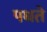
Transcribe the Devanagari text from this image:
पधते